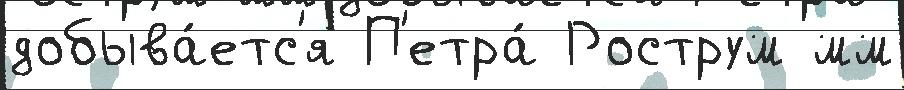
добыва́етс'я П'етра́ Рострум мм